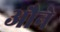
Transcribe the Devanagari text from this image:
औने